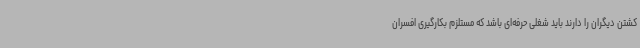
کشتن دیگران را دارند باید شغلی حرفه‌ای باشد که مستلزم بکارگیری افسران